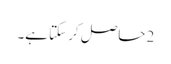
2 حاصل کر سکتا ہے۔